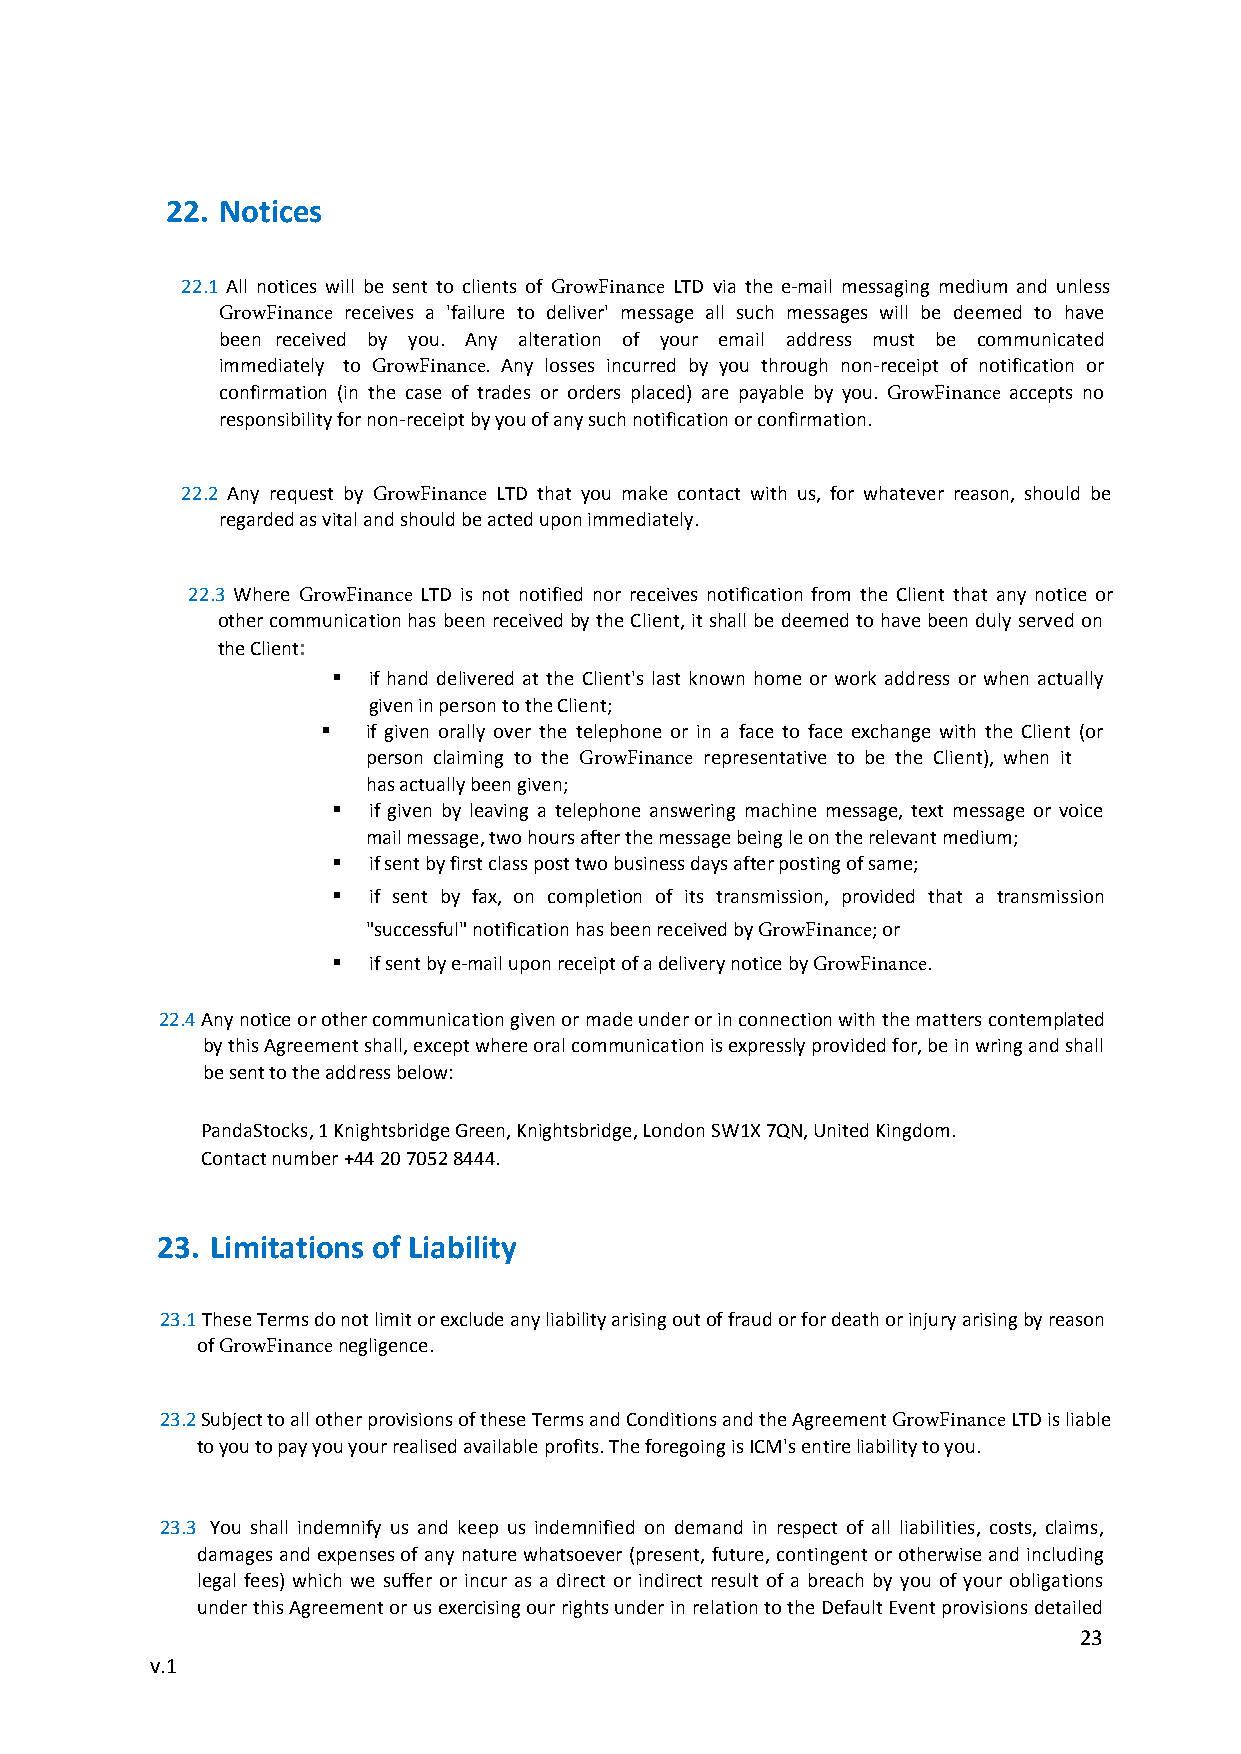
22. Notices
 22.1 All notices will be sent to clients of PandaStocks LTD via the e-mail messaging medium and unless
 PandaStocks receives a 'failure to deliver' message all such messages will be deemed to have been
 received by you. Any alteration of your email address must be communicated immediately to
 PandaStocks. Any losses incurred by you through non-receipt of notification or confirmation (in the case
 of trades or orders placed) are payable by you. PandaStocks accepts no responsibility for non-receipt by
 you of any such notification or confirmation.
 22.2 Any request by PandaStocks LTD that you make contact with us, for whatever reason, should be
 regarded as vital and should be acted upon immediately.
 22.3 Where PandaStocks LTD is not notified nor receives notification from the Client that any notice or
 other communication has been received by the Client, it shall be deemed to have been duly served on
 the Client:
  if hand delivered at the Client's last known home or work address or when actually
 given in person to the Client;
   if given orally over the telephone or in a face to face exchange with the Client (or
 person claiming to the PandaStocks representative to be the Client), when it has
 actually been given;
  if given by leaving a telephone answering machine message, text message or voice
 mail message, two hours after the message being le on the relevant medium;
  if sent by first class post two business days after posting of same;
  if sent by fax, on completion of its transmission, provided that a transmission
 "successful" notification has been received by PandaStocks; or
  if sent by e-mail upon receipt of a delivery notice by PandaStocks.
 22.4 Any notice or other communication given or made under or in connection with the matters contemplated
 by this Agreement shall, except where oral communication is expressly provided for, be in wring and shall
 be sent to the address below:
 PandaStocks, 1 Knightsbridge Green, Knightsbridge, London SW1X 7QN, United Kingdom.
 Contact number +44 20 7052 8444.
 23. Limitations of Liability
 23.1 These Terms do not limit or exclude any liability arising out of fraud or for death or injury arising by reason
 of PandaStocks negligence.
 23.2 Subject to all other provisions of these Terms and Conditions and the Agreement PandaStocks LTD is liable
 to you to pay you your realised available profits. The foregoing is ICM's entire liability to you.
 23.3 You shall indemnify us and keep us indemnified on demand in respect of all liabilities, costs, claims,
 damages and expenses of any nature whatsoever (present, future, contingent or otherwise and including
 legal fees) which we suffer or incur as a direct or indirect result of a breach by you of your obligations
 under this Agreement or us exercising our rights under in relation to the Default Event provisions detailed
 23
 v.1